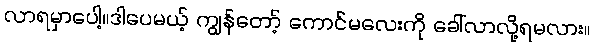
လာရမှာပေါ့။ဒါပေမယ့် ကျွန်တော့် ကောင်မလေးကို ခေါ်လာလို့ရမလား။